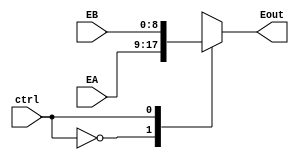
module muxEnd (ctrl,EA,EB,Eout);
	input ctrl;
	input [8:0] EA, EB;
	output reg [8:0] Eout;
	
	always @(*) begin
		case (ctrl)
			1'b0: Eout = EA;				
			1'b1:  Eout = EB;
		endcase
	end
endmodule